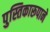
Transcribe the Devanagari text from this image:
पुस्तिकारूपाने